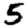
Digit: 5